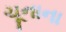
ચૂનાના